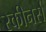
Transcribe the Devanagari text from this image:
स्कीनर्स